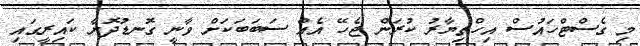
މި ގެސްޓްހައުސް އިހްތިޔާރު ކުރަން ޖެހޭ އެއް ސަބަބަކަށް ވާނީ ގޮނޑުދޮށާ ކައިރީގައި